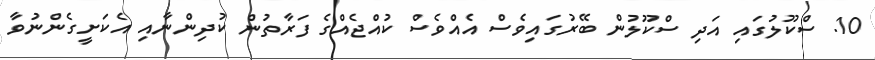
10. ސްކޫލުގައި އަދި ސްކޫލުން ބޭރުގައިވެސް އެއްވެސް ކުއްޖެއްގެ ފަރާތުން ކުދިންނާއި އެކަށީގެންނުވާ